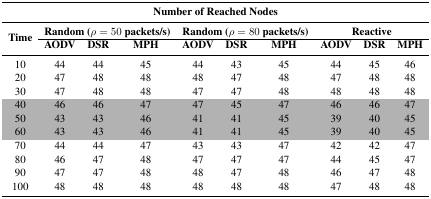
<table><thead><tr><td colspan="10"><b>Number of Reached Nodes</b></td></tr><tr><td rowspan="3"><b>Time</b></td><td colspan="3"><b>Random (<i>ρ</i> = 50 packets/s)</b></td><td colspan="3"><b>Random (<i>ρ</i> = 80 packets/s)</b></td><td colspan="3"><b>Reactive</b></td></tr><tr><td><b>AODV</b></td><td><b>DSR</b></td><td><b>MPH</b></td><td><b>AODV</b></td><td><b>DSR</b></td><td><b>MPH</b></td><td><b>AODV</b></td><td><b>DSR</b></td><td><b>MPH</b></td></tr></thead><tbody><tr><td>10</td><td>44</td><td>44</td><td>45</td><td>44</td><td>43</td><td>45</td><td>44</td><td>45</td><td>46</td></tr><tr><td>20</td><td>47</td><td>48</td><td>48</td><td>48</td><td>47</td><td>48</td><td>47</td><td>48</td><td>48</td></tr><tr><td>30</td><td>47</td><td>48</td><td>48</td><td>47</td><td>47</td><td>48</td><td>48</td><td>48</td><td>48</td></tr><tr><td>40</td><td>46</td><td>46</td><td>47</td><td>47</td><td>45</td><td>47</td><td>46</td><td>46</td><td>47</td></tr><tr><td>50</td><td>43</td><td>43</td><td>46</td><td>41</td><td>41</td><td>45</td><td>39</td><td>40</td><td>45</td></tr><tr><td>60</td><td>43</td><td>43</td><td>46</td><td>41</td><td>41</td><td>45</td><td>39</td><td>40</td><td>45</td></tr><tr><td>70</td><td>44</td><td>44</td><td>47</td><td>43</td><td>43</td><td>47</td><td>42</td><td>42</td><td>47</td></tr><tr><td>80</td><td>46</td><td>47</td><td>48</td><td>47</td><td>47</td><td>47</td><td>44</td><td>45</td><td>47</td></tr><tr><td>90</td><td>47</td><td>47</td><td>48</td><td>48</td><td>47</td><td>48</td><td>46</td><td>47</td><td>48</td></tr><tr><td>100</td><td>48</td><td>48</td><td>48</td><td>48</td><td>48</td><td>48</td><td>47</td><td>48</td><td>48</td></tr></tbody></table>